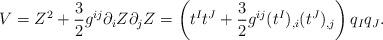
LaTeX: \begin{align*}V= Z^2 + {3\over 2} g^{ij} \partial_i Z \partial_j Z = \left (t^I t^J + {3\over 2} g^{ij}(t^I)_{,i} ( t^J)_{,j}\right) q_I q_J.\end{align*}